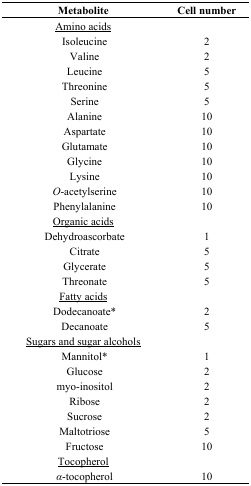
<table><thead><tr><td><b>Metabolite</b></td><td><b>Cell number</b></td></tr></thead><tbody><tr><td><underline>Amino acids</underline></td><td></td></tr><tr><td>Isoleucine </td><td>2</td></tr><tr><td>Valine</td><td>2</td></tr><tr><td>Leucine</td><td>5</td></tr><tr><td>Threonine </td><td>5</td></tr><tr><td>Serine </td><td>5</td></tr><tr><td>Alanine</td><td>10</td></tr><tr><td>Aspartate</td><td>10</td></tr><tr><td>Glutamate</td><td>10</td></tr><tr><td>Glycine </td><td>10</td></tr><tr><td>Lysine</td><td>10</td></tr><tr><td><i>O</i>-acetylserine</td><td>10</td></tr><tr><td>Phenylalanine</td><td>10</td></tr><tr><td><underline>Organic acids</underline></td><td></td></tr><tr><td>Dehydroascorbate</td><td>1</td></tr><tr><td>Citrate</td><td>5</td></tr><tr><td>Glycerate </td><td>5</td></tr><tr><td>Threonate</td><td>5</td></tr><tr><td><underline>Fatty acids</underline></td><td></td></tr><tr><td>Dodecanoate*</td><td>2</td></tr><tr><td>Decanoate</td><td>5</td></tr><tr><td><underline>Sugars and sugar alcohols</underline></td><td></td></tr><tr><td>Mannitol*</td><td>1</td></tr><tr><td>Glucose</td><td>2</td></tr><tr><td>myo-inositol </td><td>2</td></tr><tr><td>Ribose</td><td>2</td></tr><tr><td>Sucrose</td><td>2</td></tr><tr><td>Maltotriose</td><td>5</td></tr><tr><td>Fructose</td><td>10</td></tr><tr><td><underline>Tocopherol</underline></td><td></td></tr><tr><td><i>α</i>-tocopherol</td><td>10</td></tr></tbody></table>